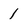
Character: 1